画像に写った文字を読んでください
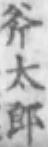
「斧太郎」と書いてあります